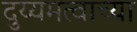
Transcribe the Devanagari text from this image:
दुय्यमत्वाच्या